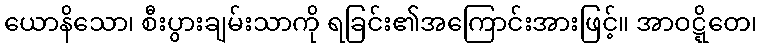
ယောနိသော၊ စီးပွားချမ်းသာကို ရခြင်း၏အကြောင်းအားဖြင့်။ အာဝဋ္ဋိတေ၊